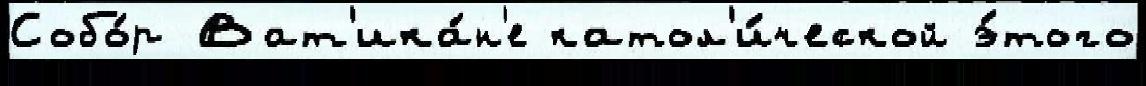
Собо́р Ват'ика́н'е катол'и́ческой э́того